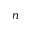
n